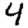
Digit: 4